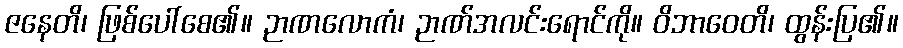
ဇနေတိ၊ ဖြစ်ပေါ်စေ၏။ ဉာဏလောကံ၊ ဉာဏ်အလင်းရောင်ကို။ ဝိဘာဝေတိ၊ ထွန်းပြ၏။